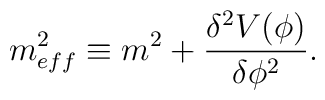
m_{eff}^2 \equiv m^2 + \frac{{\delta}^2 V({\phi})}{{\delta} {\phi}^2}.